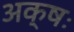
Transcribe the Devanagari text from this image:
अक्षः